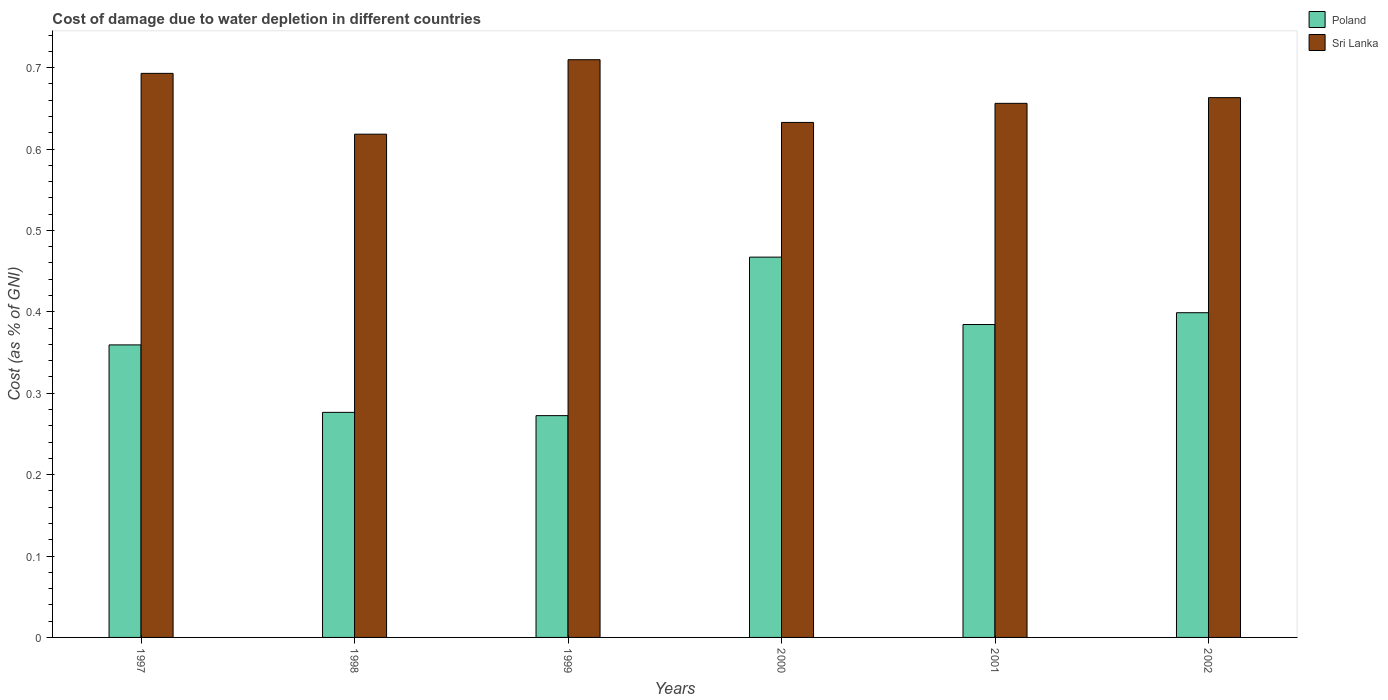
| Years | Poland | Sri Lanka |
 | --- | --- | --- |
 | 1997 | 0.359 | 0.693 |
 | 1998 | 0.276 | 0.618 |
 | 1999 | 0.272 | 0.71 |
 | 2000 | 0.467 | 0.633 |
 | 2001 | 0.384 | 0.656 |
 | 2002 | 0.399 | 0.663 |